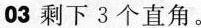
03 剩下3个直角。